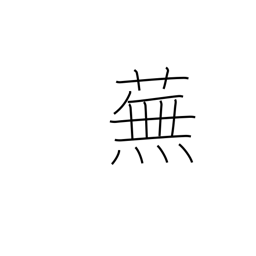
Meaning: turnip